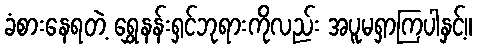
ခံစားနေရတဲ့ ရွှေနန်းရှင်ဘုရားကိုလည်း အပူမရှာကြပါနှင့်။